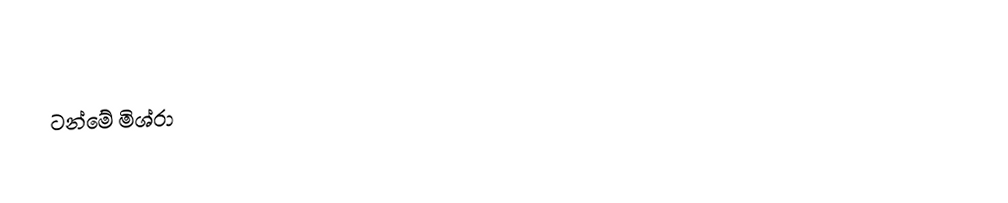
ටන්මේ මිශ්රා